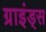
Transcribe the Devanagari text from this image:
ग्राइंड्स